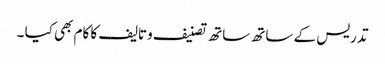
تدریس کے ساتھ ساتھ تصنیف وتالیف کا کام بھی کیا ۔